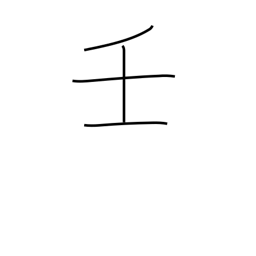
Meaning: 9th calendar sign